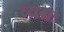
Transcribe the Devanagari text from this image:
व्यग्रः